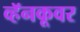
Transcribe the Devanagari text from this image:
व्हॅनकूवर